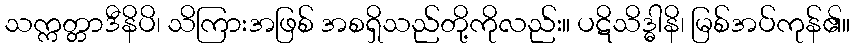
သက္ကတ္တာဒီနိပိ၊ သိကြားအဖြစ် အစရှိသည်တို့ကိုလည်း။ ပဋိသိဒ္ဓါနိ၊ မြစ်အပ်ကုန်၏။